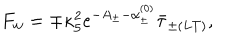
LaTeX: F _ { w } = \mp \kappa _ { 5 } ^ { 2 } e ^ { - A _ { \pm } - \alpha _ { \pm } ^ { ( 0 ) } } \bar { \tau } _ { \pm ( L T ) } ,